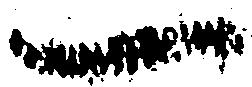
一